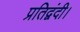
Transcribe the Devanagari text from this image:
प्रतिद्वंदी।